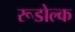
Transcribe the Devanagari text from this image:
रूडोल्क